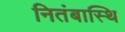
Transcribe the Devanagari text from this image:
नितंबास्थि